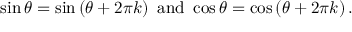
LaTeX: \sin \theta = \sin \left( \theta + 2 \pi k \right) { \mathrm { ~ a n d ~ } } \cos \theta = \cos \left( \theta + 2 \pi k \right) .